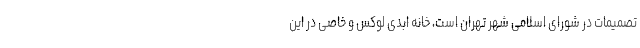
تصمیمات در شورای اسلامی شهر تهران است، خانه ابدی لوکس و خاصی در این